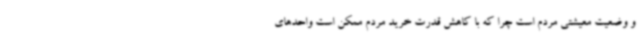
و وضعیت معیشتی مردم است چرا که با کاهش قدرت خرید مردم ممکن است واحدهای